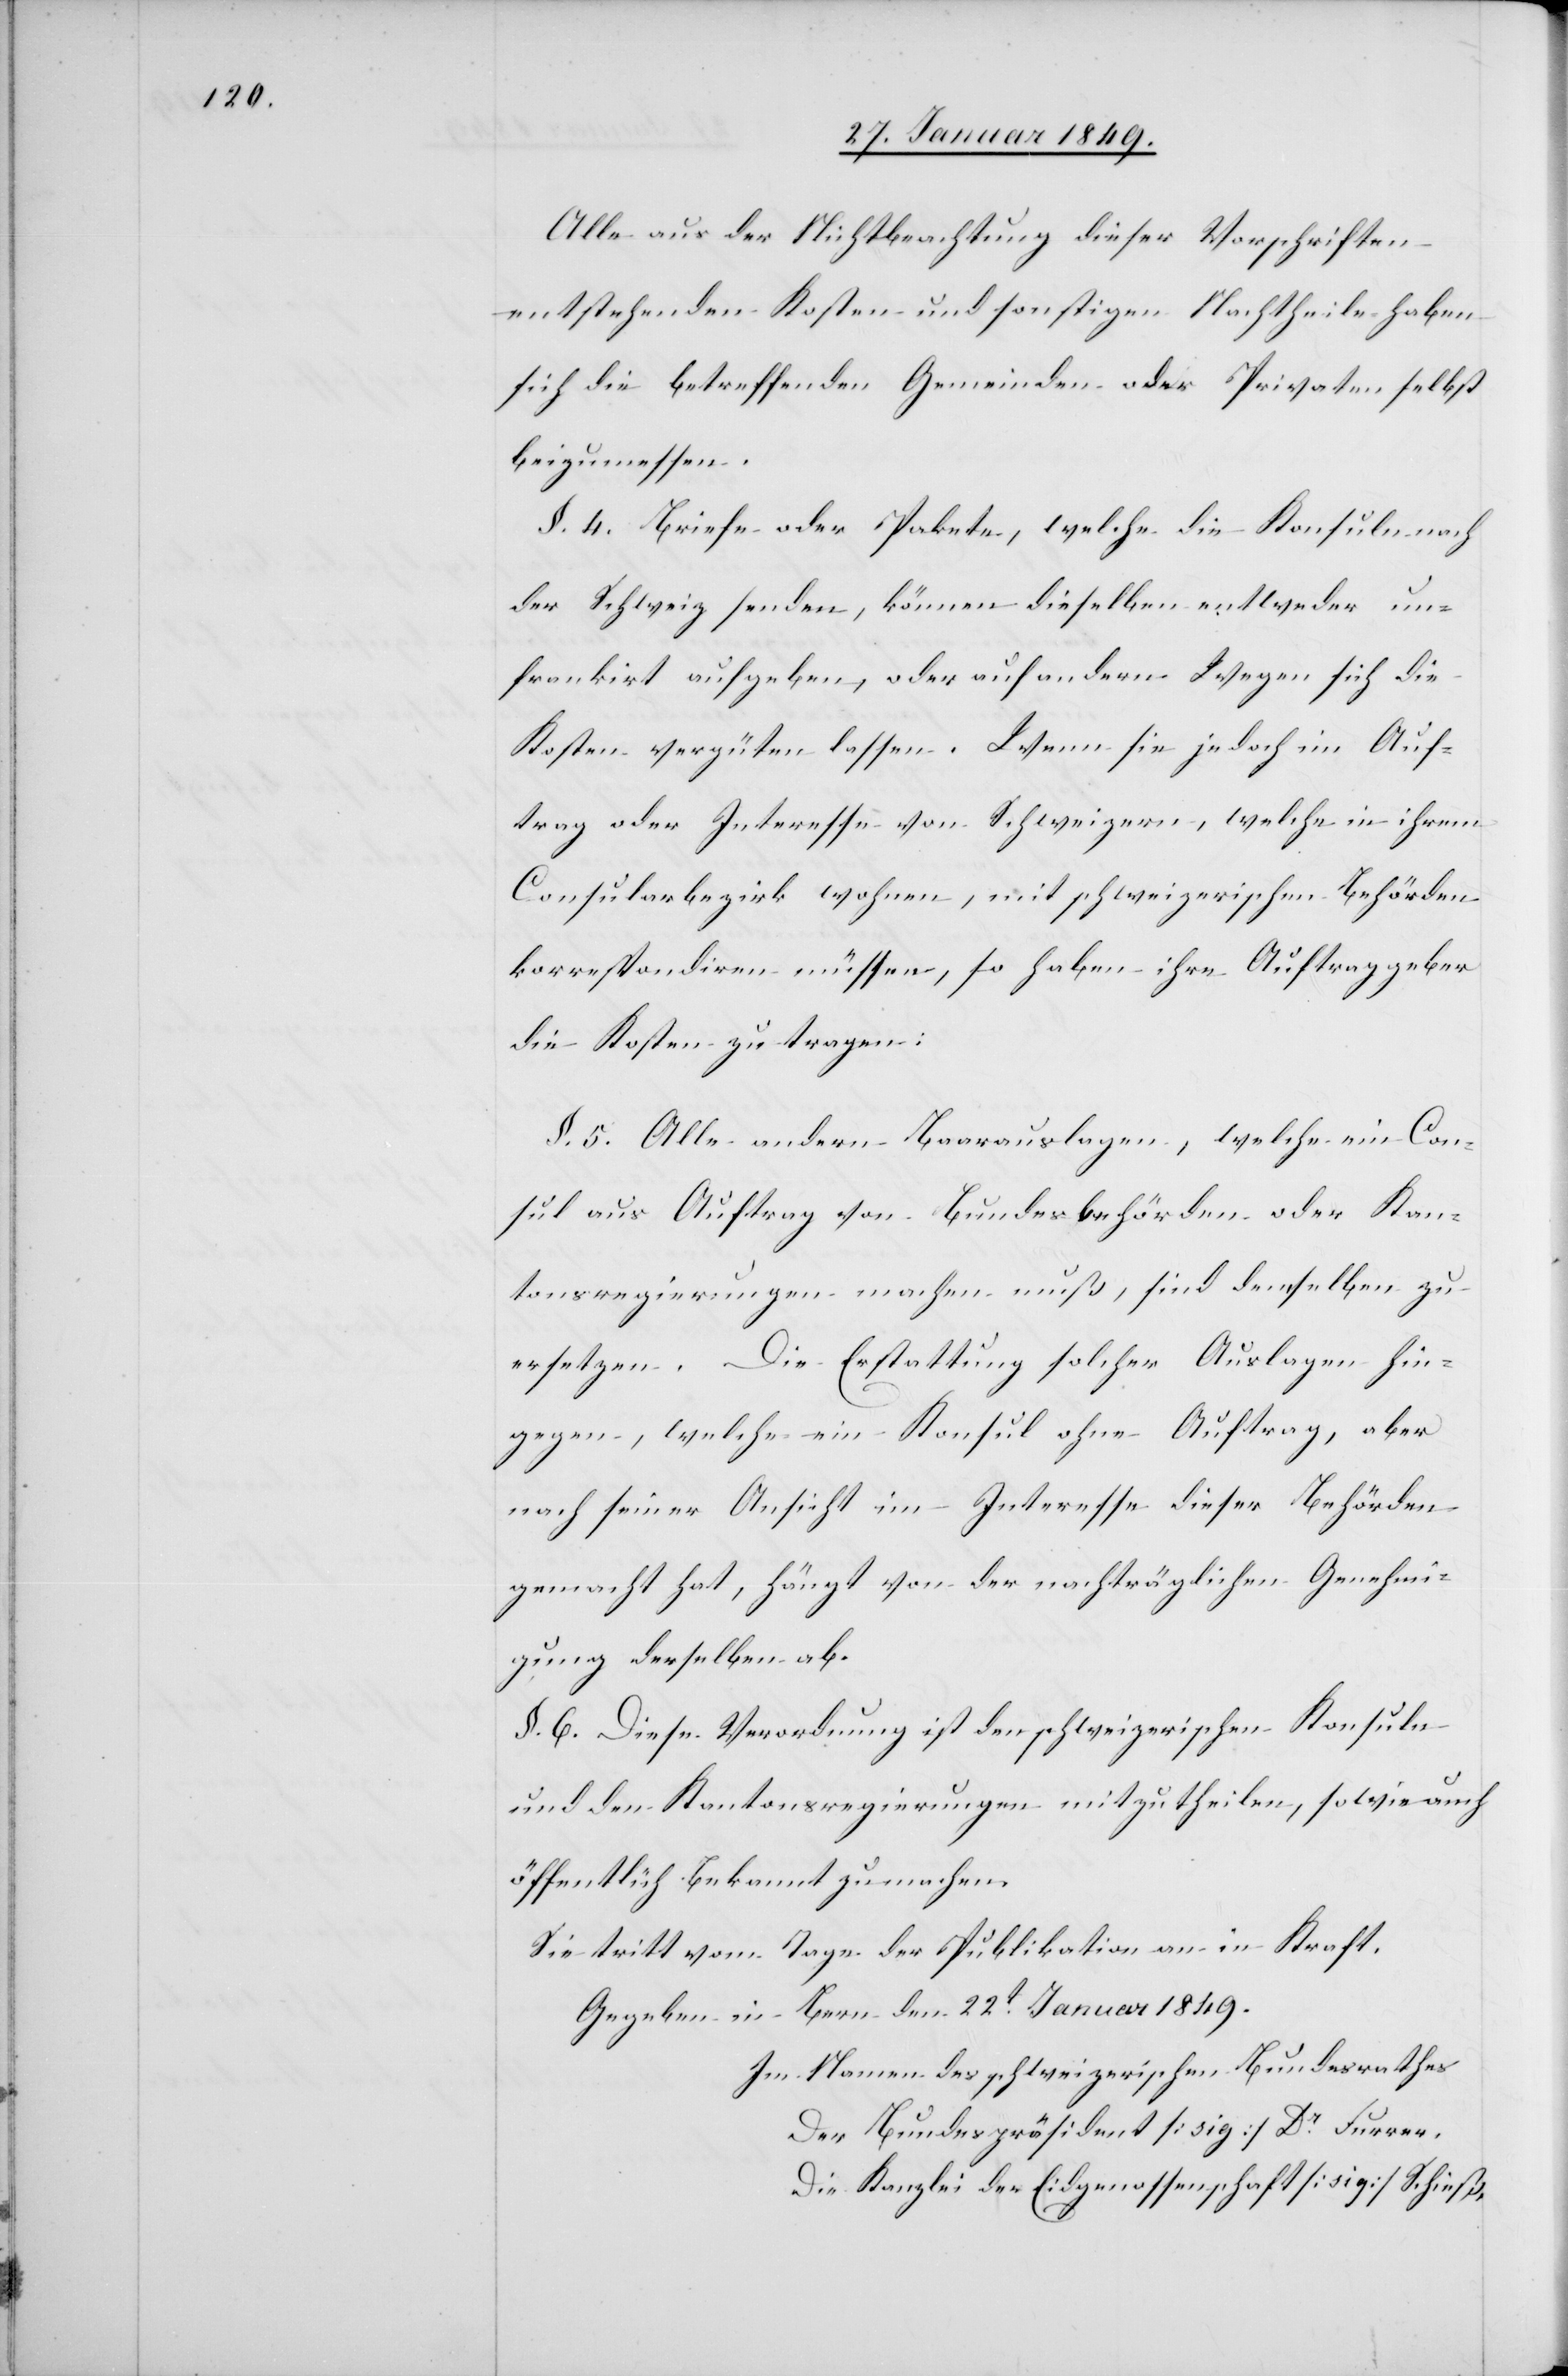
Alle aus der Nichtbeachtung dieser Vorschriften
entstehenden Kosten und sonstigen Nachtheile haben
sich die betreffenden Gemeinden oder Privaten selbst
beizumessen.
§. 4. Briefe oder Pakete, welche die Konsuln nach
der Schweiz senden, können dieselben entweder un¬
frankirt aufgeben, oder auf andern Wegen sich die
Kosten vergüten lassen. Wenn sie jedoch im Auf¬
trag oder Interesse von Schweizern, welche in ihrem
Consularbezirk wohnen, mit schweizerischen Behörden
korrespondiren müssen, so haben ihre Auftraggeber
die Kosten zu tragen.
§. 5. Allen andern Baarauslagen, welche ein Con¬
sul als Auftrag von Bundesbehörden oder Kan¬
tonsregierungen machen muß, sind demselben zu
ersetzen. Die Erstattung solcher Auslagen hin¬
gegen, welche ein Konsul ohne Auftrag, aber
nach seiner Ansicht im Interesse dieser Behörden
gemacht hat, hängt von der nachträglichen Genehmi¬
gung derselben ab.
§. 6. Diese Verordnung ist den schweizerischen Konsuln
und den Kantonsregierungen mitzutheilen, sowie auch
öffentlich bekannt zu machen.
Sie tritt vom Tage der Publikation an in Kraft.
Gegeben in Bern den 22t. Januar 1849.
Im Namen des schweizerischen Bundesrathes
Der Bundespräsident [sig] Dr. Furrer.
Die Kanzlei der Eidgenossenschaft [sig] Schieß.